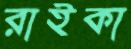
রাইকা